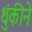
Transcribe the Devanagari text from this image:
थुंकीने